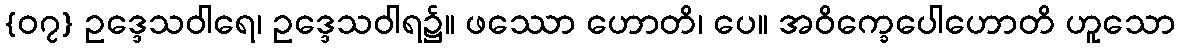
{၀၇} ဥဒ္ဒေသဝါရေ၊ ဥဒ္ဒေသဝါရ၌။ ဖဿော ဟောတိ၊ ပေ။ အဝိက္ခေပေါဟောတိ ဟူသော